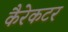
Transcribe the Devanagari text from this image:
कैरेकटर